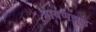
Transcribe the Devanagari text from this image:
श्रावणझड